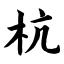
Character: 杭